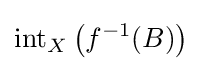
\operatorname {int} _{X}\left(f^{-1}(B)\right)